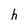
Character: h